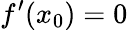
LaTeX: f^{\prime}(x_{0})=0